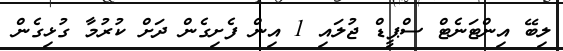
ލިބޭ އިންޓަނެޓް ސްޕީޑް ޖުލައި 1 އިން ފެށިގެން ދަށް ކުރުމާ ގުޅިގެން